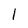
Character: 1